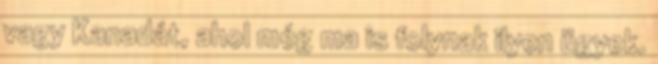
vagy Kanadát, ahol még ma is folynak ilyen ügyek.